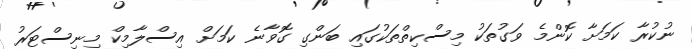
ނުކުރާ ކަމަށާ ކޮންމެ ވަގުތަކު މިސްކިތްތަކުގައި ބަންގި ގޮވާނެ ކަމަށް އިސްލާމިިކް މިނިސްޓަރު